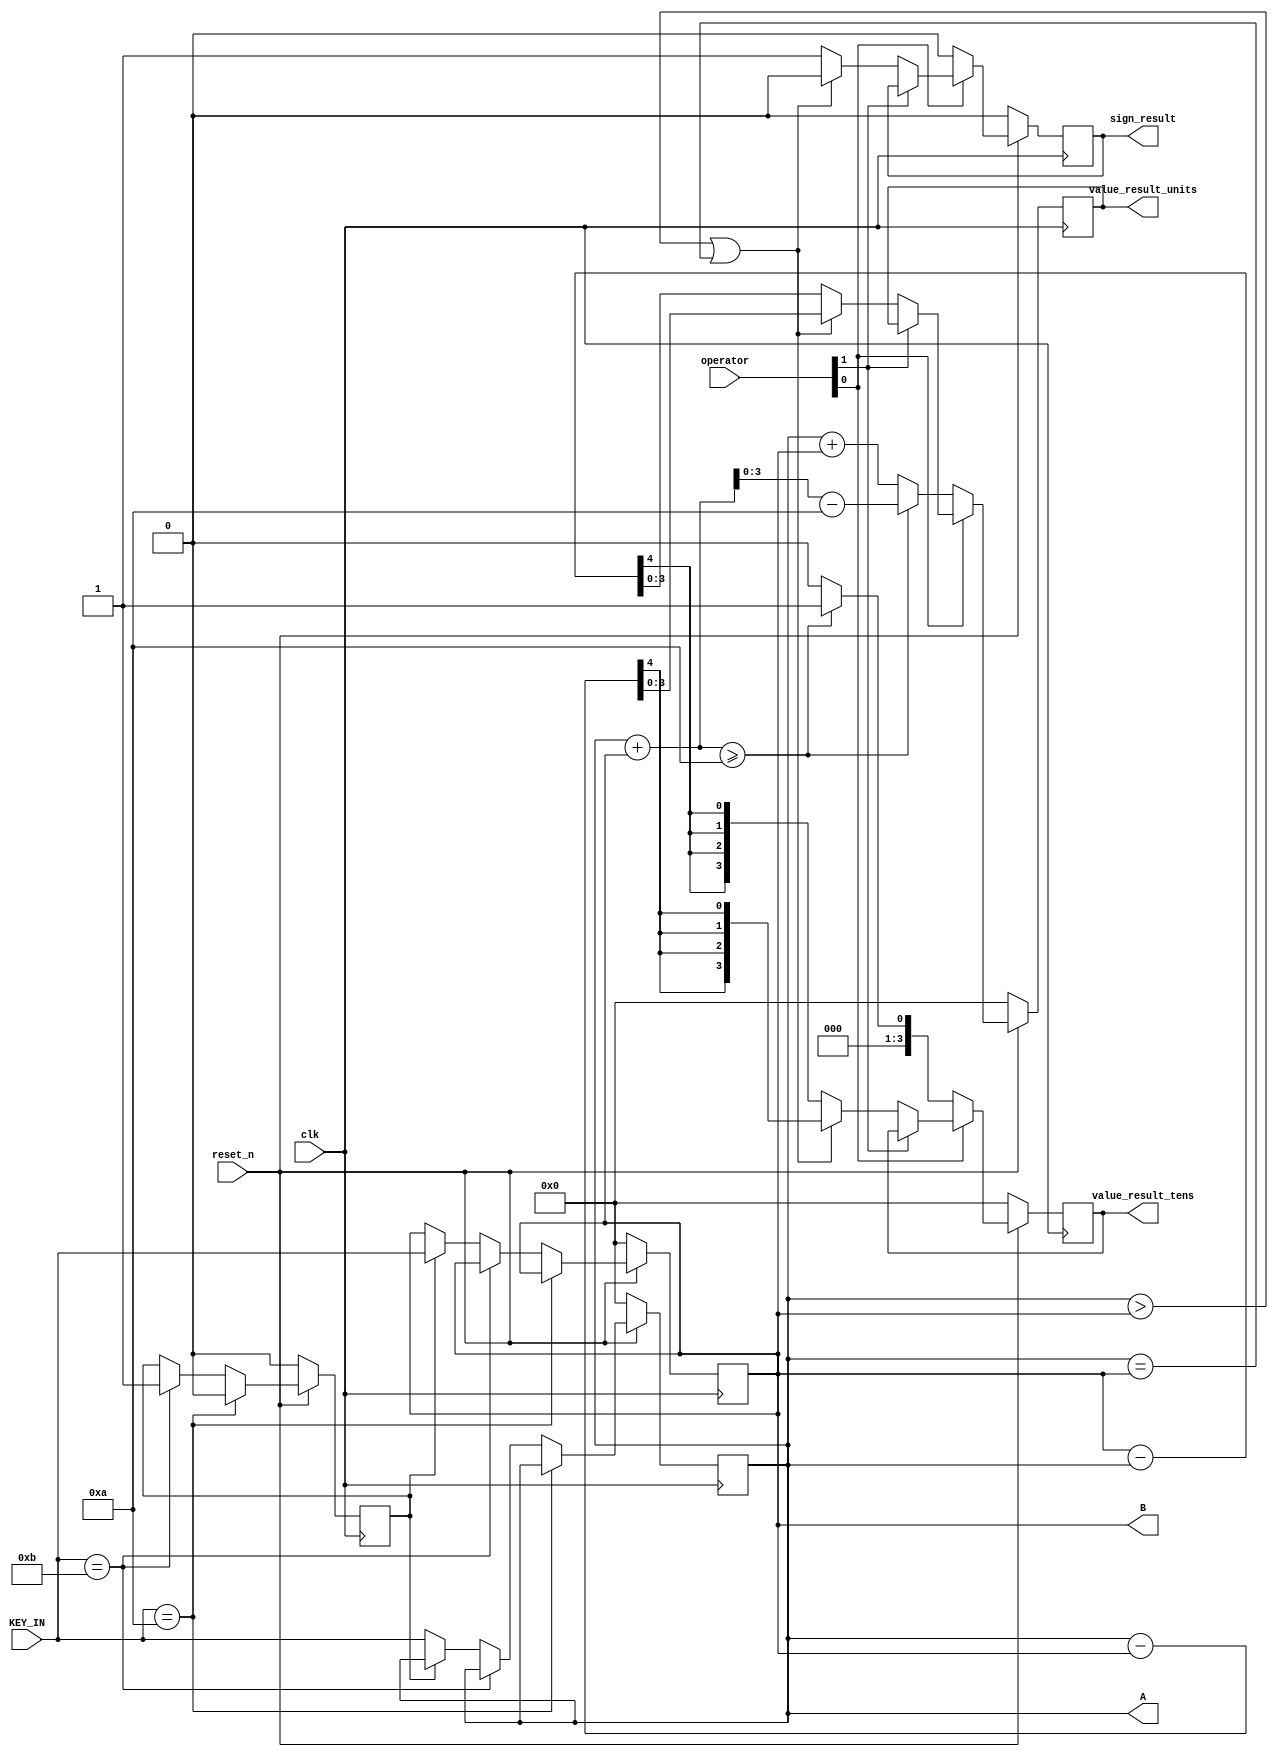
module ADD_SUB(A, B, value_result_tens, value_result_units, sign_result, KEY_IN, clk, reset_n, operator);
	output [3:0] value_result_tens;
	output [3:0] value_result_units;
	output [3:0] A;
	output [3:0] B;
	output sign_result;
	input [1:0] operator;
	input [3:0] KEY_IN;
	input reset_n;
	input clk;
	/*
	reg [3:0] A, B, value_result_tens, value_result_units;
	reg sign_result;
	
	wire [3:0] next_A, next_B, next_ten, next_unit, next_In;
	wire next_sign;
	*/
	
	reg [3:0] next_A, next_B, next_ten, next_unit;
	reg slt;
	reg next_sign;
	reg tmpIn;
	
	// add your design here
	always @(posedge clk) begin
		if (!reset_n) begin
			next_A <= 0;
			next_B <= 0;
			next_ten <= 0;
			next_unit <= 0;
			next_sign <= 0;
			slt <= 0;
		end else begin
			if (KEY_IN == 4'hA) begin
				slt <= 0;
			end else if (KEY_IN == 4'hB) begin
				slt <= 1;
			end else begin
				if (slt == 0) begin
					next_A <= KEY_IN;
				end else begin
					next_B <= KEY_IN;
				end
			end
			if (operator[0] == 0) begin
				if (A+B >= 10) begin
					next_ten <= 1;
					next_unit <= A + B - 10;
				end else begin
					next_ten <= 0;
					next_unit <= A + B;
				end
				next_sign <= 0;
			end else if (operator[1] == 0) begin
				if (A > B || A == B) begin
					{next_ten, next_unit} <= A - B;
					next_sign <= 0;
				end else begin
					{next_ten, next_unit} <= B - A;
					next_sign <= 1;
				end
			end else begin
				{next_ten, next_unit} <= {next_ten, next_unit};
			end
		end
	end
	assign A = next_A;
	assign B = next_B;
	assign value_result_tens = next_ten;
	assign value_result_units = next_unit;
	assign sign_result = next_sign;
	/*
	always @(posedge clk) begin
		if (!reset_n) begin
			A <= 0;
			B <= 0;
			value_result_tens <= 0;
			value_result_units <= 0;
			sign_result <= 0;
			tmpIn <= 0;
		end else begin
			A <= next_A;
			B <= next_B;
			value_result_tens <= next_ten;
			value_result_units <= next_unit;
			sign_result <= next_sign;
			tmpIn <= next_In;
		end
	end
	*/
	/*
	assign next_In = (!reset_n)?(0):(KEY_IN);
	assign next_A = (!reset_n)?
							(0): 	// !reset_n
							(		// reset_n
								(tmpIn == 4'hA)?
									(KEY_IN): 		// tmpIn == 4'hA
									(A)				// tmpIn != 4'hA
							);
	assign next_B = (!reset_n)?
							(0): 	// !reset_n
							(		// reset_n
								(tmpIn == 4'hB)?
									(KEY_IN): 		// tmpIn == 4'hB
									(B)				// tmpIn != 4'hB
							);
	
	assign {next_ten, next_unit} = (!reset_n)?
												(0):	// !reset_n
												(		// reset_n
													(operator[0] == 0)?
														(		// add
															A + B
														):
														(		// do not add
															(operator[1] == 0)?
																(		// sub
																	(A >= B)?
																		(		// A >= B
																			A - B
																		):
																		(		// A < B
																			B - A
																		)
																):
																(		// do not add and sub
																	{value_result_tens, value_result_units}
																)
														)
												);
	assign next_sign = (!reset_n)?
								(0):	// !reset_n
								(		// reset_n
									(operator[0] == 0)?
										(		// add
											0
										):
										(		// do not add
											(operator[1] == 0)?
												(		// sub
													(A >= B)?
														(		// A >= B
															0
														):
														(		// A < B
															1
														)
												):
												(		// do not add and sub
													sign_result
												)
										)
								);
								*/
								
	/*
	if (!reset_n) begin
		assign next_A = 0;
		assign next_B = 0;
		assign next_ten = 0;
		assign next_unit = 0;
		assign next_sign = 0;
		assign next_In = 0;
	end else begin
		assign next_In = KEY_IN;
		if (tmpIn == 4'hA) begin
			assign next_A = KEY_IN;
			assign next_B = B;
		end else if (tmpIn == 4'hB) begin
			assign next_A = A;
			assign next_B = KEY_IN;
		end else begin
			assign next_A = A;
			assign next_B = B;
		end
		
		if (operator[0] == 0) begin
			assign {next_ten, next_unit} = A + B;
			assign next_sign = 0;
		end else if (operator[1] == 0) begin
			if (A >= B) begin
				assign {next_ten, next_unit} = A - B;
				assign next_sign = 0;
			end else begin
				assign {next_ten, next_unit} = B - A;
				assign next_sign = 1;
			end
		end else begin
			assign next_ten = value_result_tens;
			assign next_unit = value_result_units;
			assign next_sign = sign_result;
		end
	end // end of reset_n block
	*/
endmodule